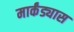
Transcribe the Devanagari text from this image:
मार्कंड्यास